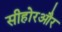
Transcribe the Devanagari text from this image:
सीहोरऔर